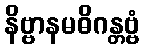
နိဗ္ဗာနမဓိဂန္တဗ္ဗံ